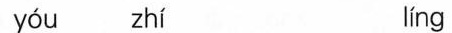
yǒu zhī lǐng